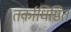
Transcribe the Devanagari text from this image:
तर्काधिष्ठित